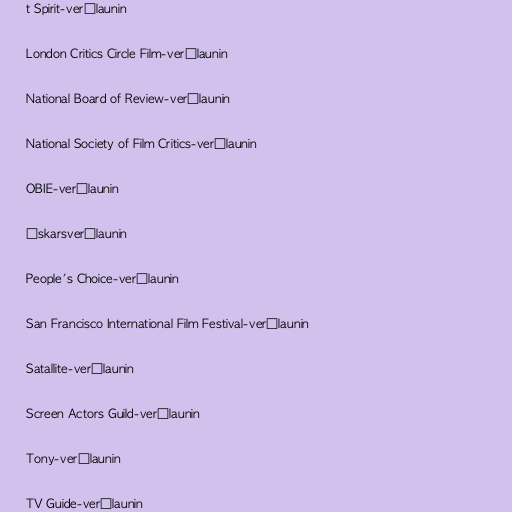
t Spirit-verðlaunin

London Critics Circle Film-verðlaunin

National Board of Review-verðlaunin

National Society of Film Critics-verðlaunin

OBIE-verðlaunin

Óskarsverðlaunin

People's Choice-verðlaunin

San Francisco International Film Festival-verðlaunin

Satallite-verðlaunin

Screen Actors Guild-verðlaunin

Tony-verðlaunin

TV Guide-verðlaunin